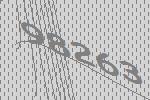
98263